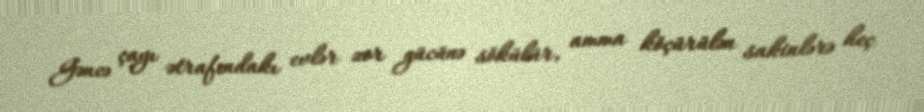
Gəncə çayı ətrafındakı evlər zor gücünə sökülür, amma köçürülən sakinlərə heç